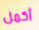
أكمل